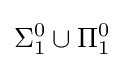
\Sigma _{1}^{0}\cup \Pi _{1}^{0}